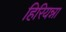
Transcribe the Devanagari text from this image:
हिरियन्ना